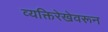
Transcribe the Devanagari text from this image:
व्यक्तिरेखेवरून